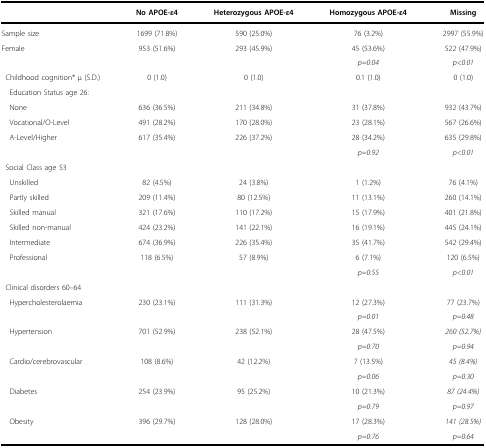
<table><thead><tr><td></td><td><b>No APOE-ε4</b></td><td><b>Heterozygous APOE-ε4</b></td><td><b>Homozygous APOE-ε4</b></td><td><b>Missing</b></td></tr></thead><tbody><tr><td>Sample size</td><td>1699 (71.8%)</td><td>590 (25.0%)</td><td>76 (3.2%)</td><td>2997 (55.9%)</td></tr><tr><td>Female</td><td>953 (51.6%)</td><td>293 (45.9%)</td><td>45 (53.6%)</td><td>522 (47.9%)</td></tr><tr><td></td><td></td><td></td><td><i>p=0.04</i></td><td><i>p&lt;0.01</i></td></tr><tr><td> Childhood cognition* μ (S.D.)</td><td>0 (1.0)</td><td>0 (1.0)</td><td>0.1 (1.0)</td><td>0 (1.0)</td></tr><tr><td>Education Status age 26:</td><td></td><td></td><td></td><td></td></tr><tr><td>None</td><td>636 (36.5%)</td><td>211 (34.8%)</td><td>31 (37.8%)</td><td>932 (43.7%)</td></tr><tr><td>Vocational/O-Level</td><td>491 (28.2%)</td><td>170 (28.0%)</td><td>23 (28.1%)</td><td>567 (26.6%)</td></tr><tr><td>A-Level/Higher</td><td>617 (35.4%)</td><td>226 (37.2%)</td><td>28 (34.2%)</td><td>635 (29.8%)</td></tr><tr><td></td><td></td><td></td><td><i>p=0.92</i></td><td><i>p&lt;0.01</i></td></tr><tr><td> Social Class age 53</td><td></td><td></td><td></td><td></td></tr><tr><td>Unskilled</td><td>82 (4.5%)</td><td>24 (3.8%)</td><td>1 (1.2%)</td><td>76 (4.1%)</td></tr><tr><td>Partly skilled</td><td>209 (11.4%)</td><td>80 (12.5%)</td><td>11 (13.1%)</td><td>260 (14.1%)</td></tr><tr><td>Skilled manual</td><td>321 (17.6%)</td><td>110 (17.2%)</td><td>15 (17.9%)</td><td>401 (21.8%)</td></tr><tr><td>Skilled non-manual</td><td>424 (23.2%)</td><td>141 (22.1%)</td><td>16 (19.1%)</td><td>445 (24.1%)</td></tr><tr><td>Intermediate</td><td>674 (36.9%)</td><td>226 (35.4%)</td><td>35 (41.7%)</td><td>542 (29.4%)</td></tr><tr><td>Professional</td><td>118 (6.5%)</td><td>57 (8.9%)</td><td>6 (7.1%)</td><td>120 (6.5%)</td></tr><tr><td></td><td></td><td></td><td><i>p=0.55</i></td><td><i>p&lt;0.01</i></td></tr><tr><td> Clinical disorders 60–64</td><td></td><td></td><td></td><td></td></tr><tr><td>Hypercholesterolaemia</td><td>230 (23.1%)</td><td>111 (31.3%)</td><td>12 (27.3%)</td><td>77 (23.7%)</td></tr><tr><td></td><td></td><td></td><td><i>p=0.01</i></td><td><i>p=0.48</i></td></tr><tr><td>Hypertension</td><td>701 (52.9%)</td><td>238 (52.1%)</td><td>28 (47.5%)</td><td><i>260 (52.7%)</i></td></tr><tr><td></td><td></td><td></td><td><i>p=0.70</i></td><td><i>p=0.94</i></td></tr><tr><td>Cardio/cerebrovascular</td><td>108 (8.6%)</td><td>42 (12.2%)</td><td>7 (13.5%)</td><td><i>45 (8.4%)</i></td></tr><tr><td></td><td></td><td></td><td><i>p=0.06</i></td><td><i>p=0.30</i></td></tr><tr><td>Diabetes</td><td>254 (23.9%)</td><td>95 (25.2%)</td><td>10 (21.3%)</td><td><i>87 (24.4%)</i></td></tr><tr><td></td><td></td><td></td><td><i>p=0.79</i></td><td><i>p=0.97</i></td></tr><tr><td>Obesity</td><td>396 (29.7%)</td><td>128 (28.0%)</td><td>17 (28.3%)</td><td><i>141 (28.5%)</i></td></tr><tr><td></td><td></td><td></td><td><i>p=0.76</i></td><td><i>p=0.64</i></td></tr></tbody></table>